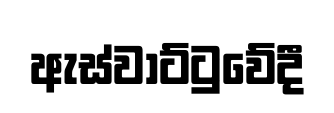
ඇස්වාට්ටුවේදී